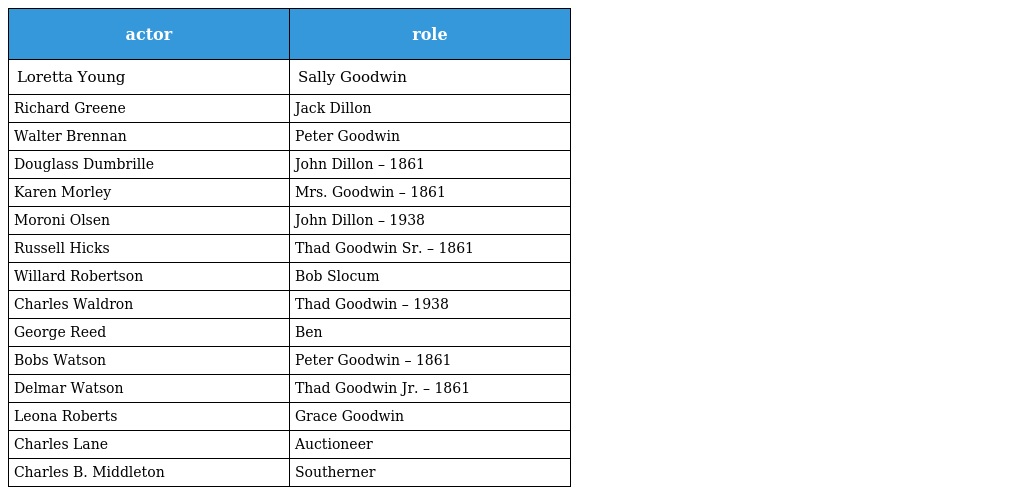
| actor | role |
 | --- | --- |
 | Loretta Young | Sally Goodwin |
 | Richard Greene | Jack Dillon |
 | Walter Brennan | Peter Goodwin |
 | Douglass Dumbrille | John Dillon – 1861 |
 | Karen Morley | Mrs. Goodwin – 1861 |
 | Moroni Olsen | John Dillon – 1938 |
 | Russell Hicks | Thad Goodwin Sr. – 1861 |
 | Willard Robertson | Bob Slocum |
 | Charles Waldron | Thad Goodwin – 1938 |
 | George Reed | Ben |
 | Bobs Watson | Peter Goodwin – 1861 |
 | Delmar Watson | Thad Goodwin Jr. – 1861 |
 | Leona Roberts | Grace Goodwin |
 | Charles Lane | Auctioneer |
 | Charles B. Middleton | Southerner |